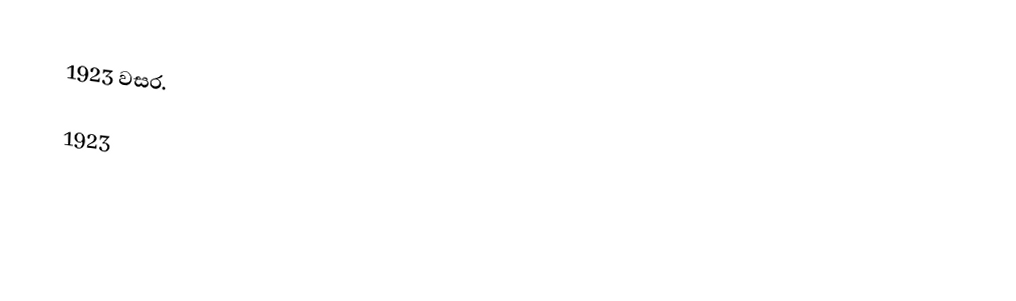
1923 වසර.

1923